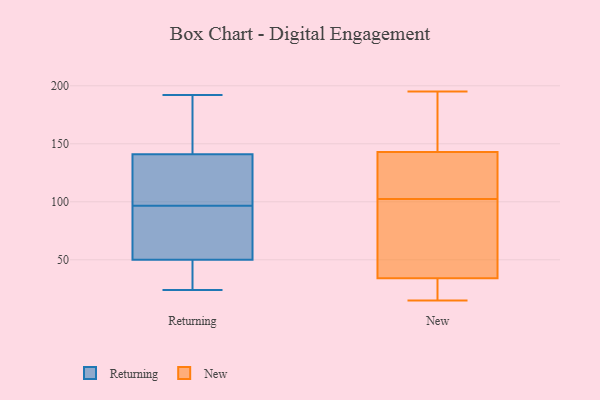
{"axis": {"x": "Waste Production (Tons)", "y": "Value"}, "legend": ["New", "Returning"], "data": [{"x": "", "y": 24, "type": "Returning"}, {"x": "", "y": 114, "type": "Returning"}, {"x": "", "y": 30, "type": "Returning"}, {"x": "", "y": 168, "type": "Returning"}, {"x": "", "y": 192, "type": "Returning"}, {"x": "", "y": 80, "type": "Returning"}, {"x": "", "y": 183, "type": "Returning"}, {"x": "", "y": 102, "type": "Returning"}, {"x": "", "y": 92, "type": "Returning"}, {"x": "", "y": 187, "type": "Returning"}, {"x": "", "y": 62, "type": "Returning"}, {"x": "", "y": 28, "type": "Returning"}, {"x": "", "y": 115, "type": "Returning"}, {"x": "", "y": 83, "type": "Returning"}, {"x": "", "y": 46, "type": "Returning"}, {"x": "", "y": 50, "type": "Returning"}, {"x": "", "y": 101, "type": "Returning"}, {"x": "", "y": 141, "type": "Returning"}, {"x": "", "y": 98, "type": "New"}, {"x": "", "y": 143, "type": "New"}, {"x": "", "y": 107, "type": "New"}, {"x": "", "y": 195, "type": "New"}, {"x": "", "y": 57, "type": "New"}, {"x": "", "y": 33, "type": "New"}, {"x": "", "y": 118, "type": "New"}, {"x": "", "y": 16, "type": "New"}, {"x": "", "y": 86, "type": "New"}, {"x": "", "y": 184, "type": "New"}, {"x": "", "y": 117, "type": "New"}, {"x": "", "y": 84, "type": "New"}, {"x": "", "y": 156, "type": "New"}, {"x": "", "y": 16, "type": "New"}, {"x": "", "y": 127, "type": "New"}, {"x": "", "y": 34, "type": "New"}, {"x": "", "y": 194, "type": "New"}, {"x": "", "y": 15, "type": "New"}]}